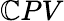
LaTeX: \mathbb{C}PV